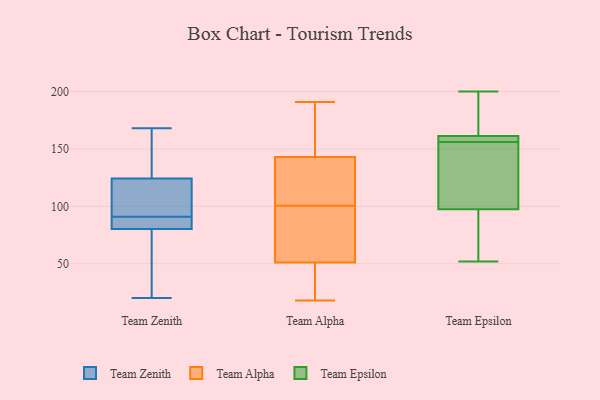
{"axis": {"x": "Waste Production (Tons)", "y": "Value"}, "legend": ["Team Alpha", "Team Epsilon", "Team Zenith"], "data": [{"x": "", "y": 80, "type": "Team Zenith"}, {"x": "", "y": 20, "type": "Team Zenith"}, {"x": "", "y": 156, "type": "Team Zenith"}, {"x": "", "y": 91, "type": "Team Zenith"}, {"x": "", "y": 84, "type": "Team Zenith"}, {"x": "", "y": 93, "type": "Team Zenith"}, {"x": "", "y": 32, "type": "Team Zenith"}, {"x": "", "y": 129, "type": "Team Zenith"}, {"x": "", "y": 168, "type": "Team Zenith"}, {"x": "", "y": 81, "type": "Team Zenith"}, {"x": "", "y": 110, "type": "Team Zenith"}, {"x": "", "y": 22, "type": "Team Alpha"}, {"x": "", "y": 172, "type": "Team Alpha"}, {"x": "", "y": 187, "type": "Team Alpha"}, {"x": "", "y": 34, "type": "Team Alpha"}, {"x": "", "y": 51, "type": "Team Alpha"}, {"x": "", "y": 118, "type": "Team Alpha"}, {"x": "", "y": 81, "type": "Team Alpha"}, {"x": "", "y": 191, "type": "Team Alpha"}, {"x": "", "y": 43, "type": "Team Alpha"}, {"x": "", "y": 103, "type": "Team Alpha"}, {"x": "", "y": 80, "type": "Team Alpha"}, {"x": "", "y": 98, "type": "Team Alpha"}, {"x": "", "y": 129, "type": "Team Alpha"}, {"x": "", "y": 89, "type": "Team Alpha"}, {"x": "", "y": 175, "type": "Team Alpha"}, {"x": "", "y": 143, "type": "Team Alpha"}, {"x": "", "y": 18, "type": "Team Alpha"}, {"x": "", "y": 122, "type": "Team Alpha"}, {"x": "", "y": 57, "type": "Team Epsilon"}, {"x": "", "y": 52, "type": "Team Epsilon"}, {"x": "", "y": 136, "type": "Team Epsilon"}, {"x": "", "y": 200, "type": "Team Epsilon"}, {"x": "", "y": 158, "type": "Team Epsilon"}, {"x": "", "y": 114, "type": "Team Epsilon"}, {"x": "", "y": 198, "type": "Team Epsilon"}, {"x": "", "y": 159, "type": "Team Epsilon"}, {"x": "", "y": 159, "type": "Team Epsilon"}, {"x": "", "y": 84, "type": "Team Epsilon"}, {"x": "", "y": 127, "type": "Team Epsilon"}, {"x": "", "y": 162, "type": "Team Epsilon"}, {"x": "", "y": 168, "type": "Team Epsilon"}, {"x": "", "y": 68, "type": "Team Epsilon"}, {"x": "", "y": 156, "type": "Team Epsilon"}, {"x": "", "y": 92, "type": "Team Epsilon"}, {"x": "", "y": 156, "type": "Team Epsilon"}, {"x": "", "y": 171, "type": "Team Epsilon"}, {"x": "", "y": 137, "type": "Team Epsilon"}]}